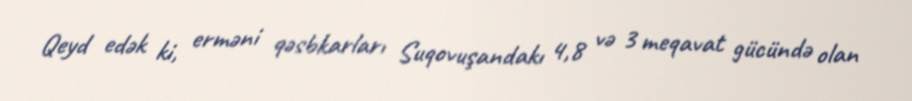
Qeyd edək ki, erməni qəsbkarları Suqovuşandakı 4,8 və 3 meqavat gücündə olan